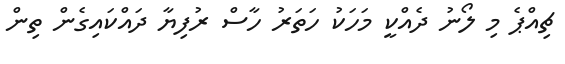
ޗިއްޕެ މި ލޯނު ދެއްކީ މަހަކު ހަތަރު ހާސް ރުފިޔާ ދައްކައިގެން ތިން